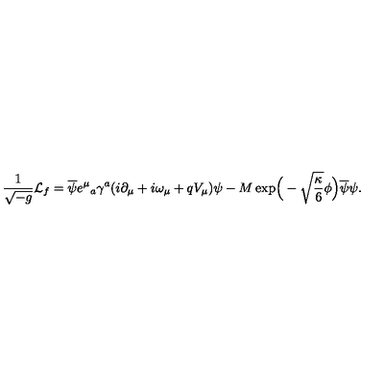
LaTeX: \frac { 1 } { \sqrt { - g } } { \cal L } _ { f } = \overline { { \psi } } e ^ { \mu } { } _ { a } \gamma ^ { a } ( i \partial _ { \mu } + i \omega _ { \mu } + q V _ { \mu } ) \psi - M \exp \! \Big ( - \sqrt { \frac { \kappa } { 6 } } \phi \Big ) \overline { { \psi } } \psi .